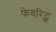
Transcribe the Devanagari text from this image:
फेवरिट्स